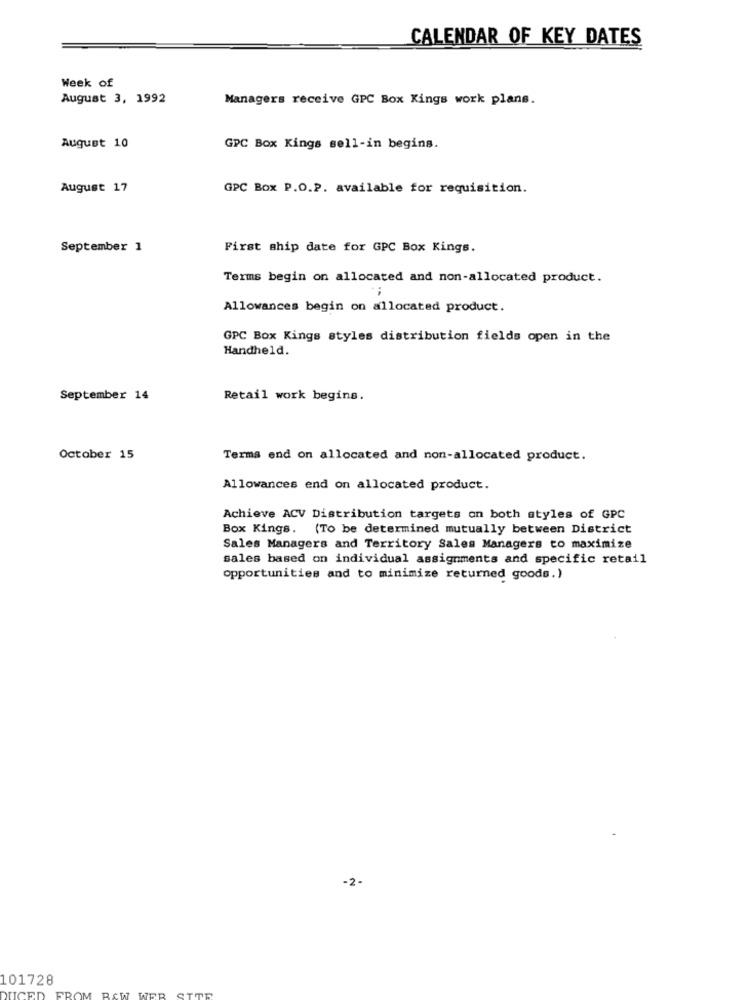
CALENDAR OF KEY DATES
Week of
August 3, 1992
Managers receive GPC Box Kings work plans.
August 10
GPC Box Kings sell-in begins.
August 17
GPC Box P.O.P. available for requisition.
September 1
First ship date for GPC Box Kings.
Terms begin on allocated and non-allocated product.
Allowances begin on allocated product.
GPC Box Kings styles distribution fields open in the
Handheld.
September 14
Retail work begins.
October 15
Terms end on allocated and non-allocated product.
Allowances end on allocated product.
Achieve ACV Distribution targets on both styles of GPC
Box Kings. (To be determined mutually between District
Sales Managers and Territory Sales Managers to maximize
sales based on individual assignments and specific retail
opportunities and to minimize returned goods.)
-2-
101728
ICED
FROM RAW WER STTR